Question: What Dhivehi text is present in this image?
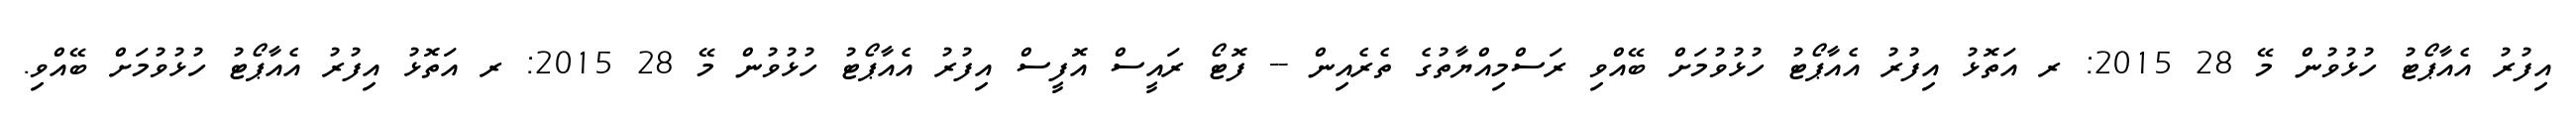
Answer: އިފުރު އެއާޕޯޓު ހުޅުވުން މޭ 28 2015: ރ އަތޮޅު އިފުރު އެއާޕޯޓު ހުޅުވުމަށް ބޭއްވި ރަސްމިއްޔާތުގެ ތެރެއިން -- ފޮޓޯ ރައީސް އޮފީސް އިފުރު އެއާޕޯޓު ހުޅުވުން މޭ 28 2015: ރ އަތޮޅު އިފުރު އެއާޕޯޓު ހުޅުވުމަށް ބޭއްވި.